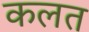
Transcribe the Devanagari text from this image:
कलत